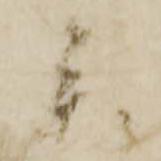
参